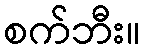
စက်ဘီး။